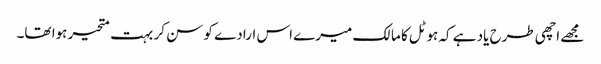
مجھے اچھی طرح یاد ہے کہ ہوٹل کا مالک میرے اس ارادے کو سن کر بہت متحیر ہوا تھا۔